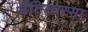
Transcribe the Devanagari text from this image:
जैंतिलास्मा